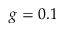
g = 0 . 1